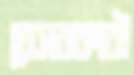
বেসরকারী